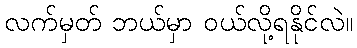
လက်မှတ် ဘယ်မှာ ဝယ်လို့ရနိုင်လဲ။